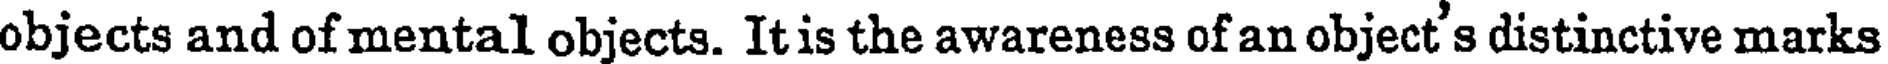
objects and of mental objects. It is the awareness of an object's distinctive marks